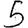
Digit: 5